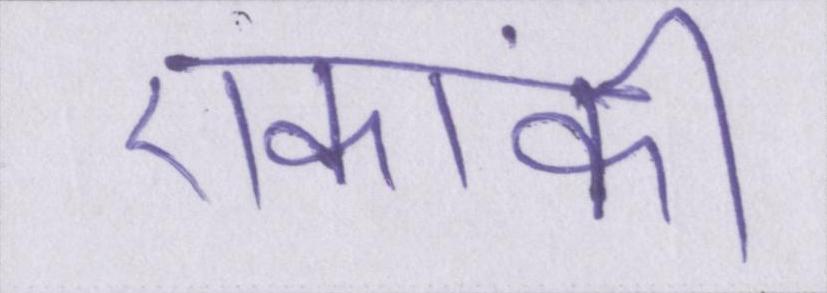
एकांकी